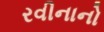
રવીનાનો